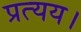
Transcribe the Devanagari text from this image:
प्रत्यय।